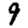
Digit: 9